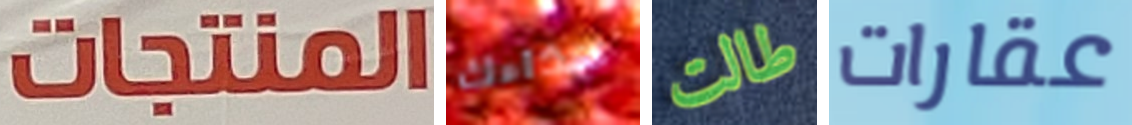
المنتجات حذاءك طالت عقارات